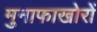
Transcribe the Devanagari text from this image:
मुनाफाखोरों